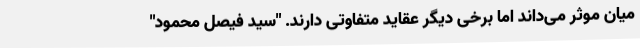
میان موثر می‌داند اما برخی دیگر عقاید متفاوتی دارند. "سید فیصل محمود"